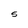
Character: S